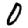
Digit: 0